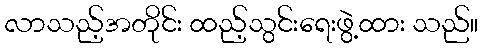
လာသည့်အတိုင်း ထည့်သွင်းရေးဖွဲ့ထား သည်။